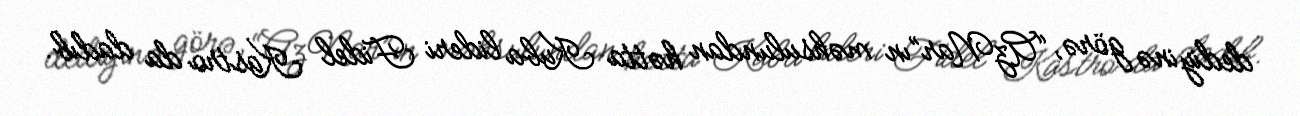
dediyinə görə, “AzNar”ın məhsulundan hətta Kuba lideri Fidel Kastro da dadıb.